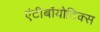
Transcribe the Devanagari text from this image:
एंटीबॉयोटिक्स